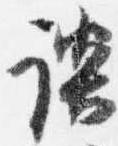
談